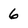
Character: 6